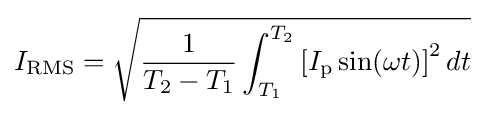
I_{\text{RMS}}={\sqrt {{1 \over {T_{2}-T_{1}}}\int _{T_{1}}^{T_{2}}\left[I_{\text{p}}\sin(\omega t)\right]^{2}dt}}